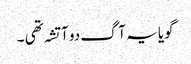
گویا یہ آگ دو آتشہ تھی ۔